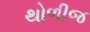
થોળીજ